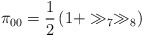
\begin{align*}\pi_{00} =\frac{1}{2}\left(1+\gg_7\gg_8\right)\end{align*}